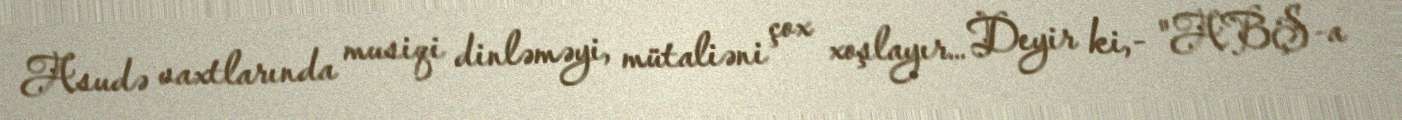
Asudə vaxtlarında musiqi dinləməyi, mütaliəni çox xoşlayır… Deyir ki,- "ABŞ-a